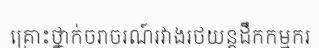
គ្រោះថ្នាក់ចរាចរណ៍រវាងរថយន្តដឹកកម្មករ